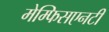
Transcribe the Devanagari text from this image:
मेम्फिसएनटी